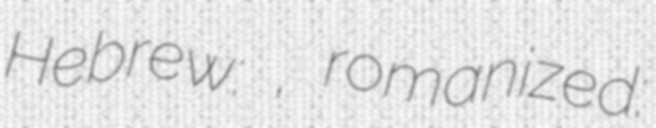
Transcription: Hebrew: ריפות, romanized: